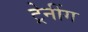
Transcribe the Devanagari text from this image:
ट्रेनींग